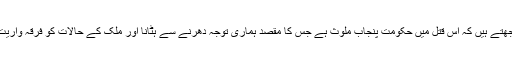
انہوں نے کہا کہ ہم سمجھتے ہیں کہ اس قتل میں حکومت پنجاب ملوث ہے جس کا مقصد ہماری توجہ دھرنے سے ہٹانا اور ملک کے حالات کو فرقہ واریت کی طرف دھکیلنا ہے۔